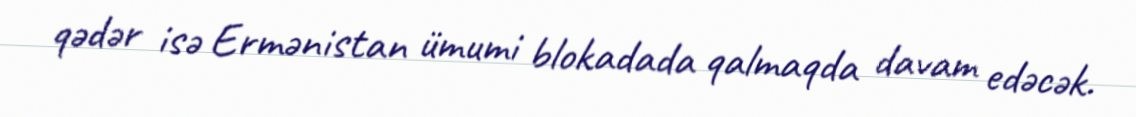
qədər isə Ermənistan ümumi blokadada qalmaqda davam edəcək.